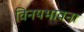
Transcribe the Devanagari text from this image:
विनयभावना